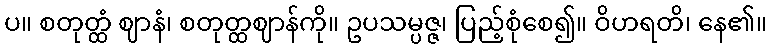
ပ။ စတုတ္ထံ ဈာနံ၊ စတုတ္ထဈာန်ကို။ ဥပသမ္ပဇ္ဇ၊ ပြည့်စုံစေ၍။ ဝိဟရတိ၊ နေ၏။